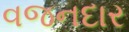
વજનદાર